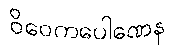
ဝိဝေကပေါဏေန